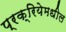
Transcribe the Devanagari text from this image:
प्रक्रियेमधील